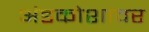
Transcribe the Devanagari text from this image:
अंडकोशावर